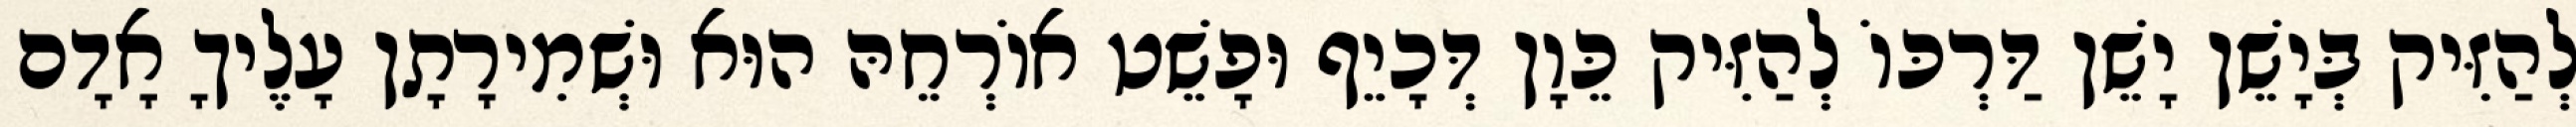
לְהַזִּיק בְּיָשֵׁן יָשֵׁן דַּרְכּוֹ לְהַזִּיק כֵּוָן דְּכָיֵף וּפָשֵׁט אוֹרְחֵהּ הוּא וּשְׁמִירָתָן עָלֶיךָ אָדָם